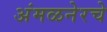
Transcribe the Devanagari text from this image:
अंमळनेरचे